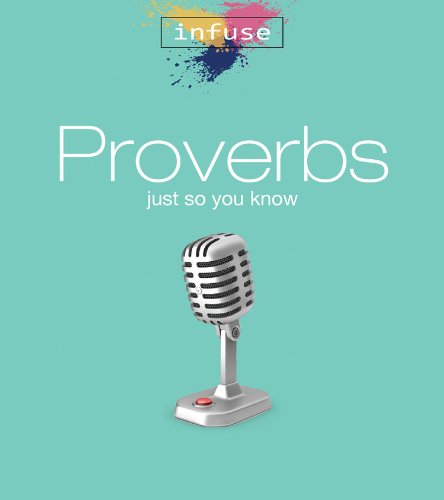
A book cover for Proverbs: Just So You Know (Infuse Bible Studies); Marilyn A. McGinnis; Christian Books & Bibles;